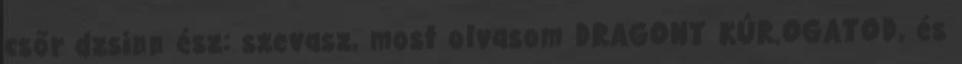
csőr dzsinn ész: szevasz, most olvasom DRAGONT KÚR.OGATOD, és